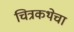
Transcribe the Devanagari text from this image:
चित्रकथेचा